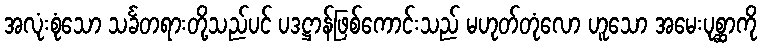
အလုံးစုံသော သင်္ခတရားတို့သည်ပင် ပဒဋ္ဌာန်ဖြစ်ကောင်းသည် မဟုတ်တုံလော ဟူသော အမေးပုစ္ဆာကို